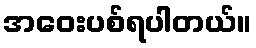
အဝေးပစ်ရပါတယ်။